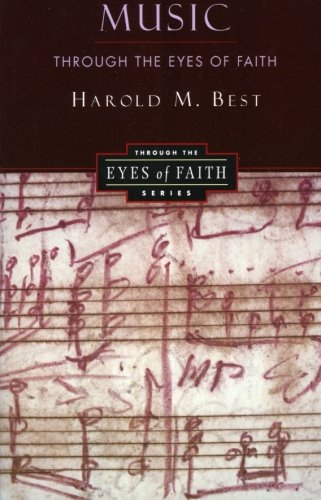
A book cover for Music Through the Eyes of Faith; Harold Best; Christian Books & Bibles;